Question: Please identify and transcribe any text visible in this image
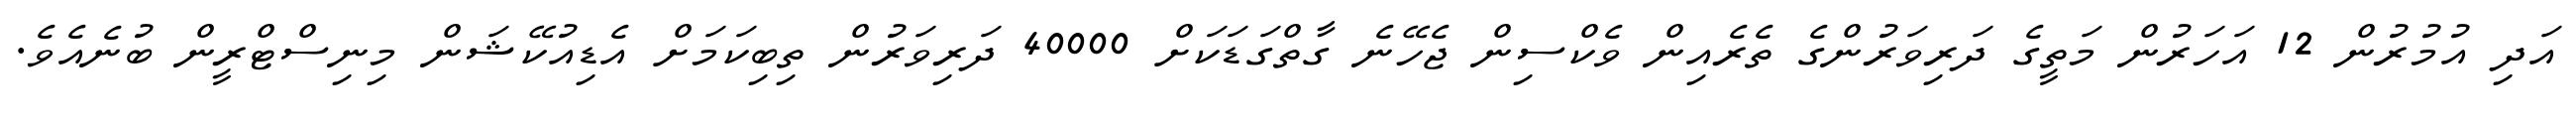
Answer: އަދި އުމުރުން 12 އަހަރުން މަތީގެ ދަރިވަރުންގެ ތެރެއިން ވެކްސިން ޖެހޭނެ ގާތްގަޑަކަށް 40000 ދަރިވަރުން ތިބިކަމަށް އެޑިއުކޭޝަން މިނިސްޓްރީން ބުނެއެވެ.